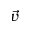
\Vec { v }